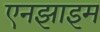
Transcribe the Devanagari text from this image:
एनझाइम